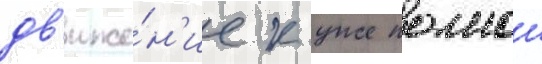
дв'иже́н'ие к уже полнои